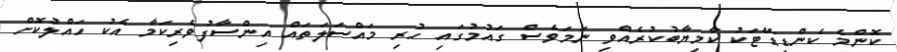
ކޮންމެ ކެންޑިޑޭޓަކު ކާމިޔާބުކުރެއްވި ނަމަވެސް ގައުމުގައި ހުރި މައްސަލަތައް އިންސާފުވެރިކަމާ އެކު ހައްލުކޮށް